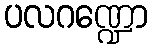
ပလဂဏ္ဍော